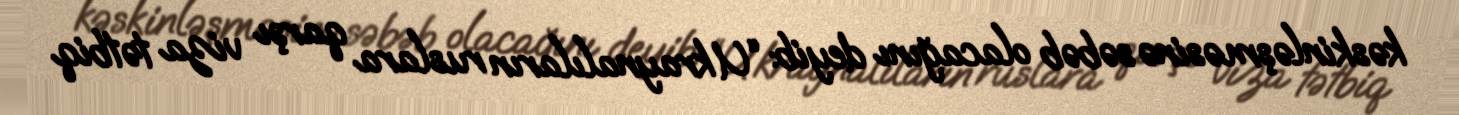
kəskinləşməsinə səbəb olacağını deyib: “Ukraynalıların ruslara qarşı viza tətbiq